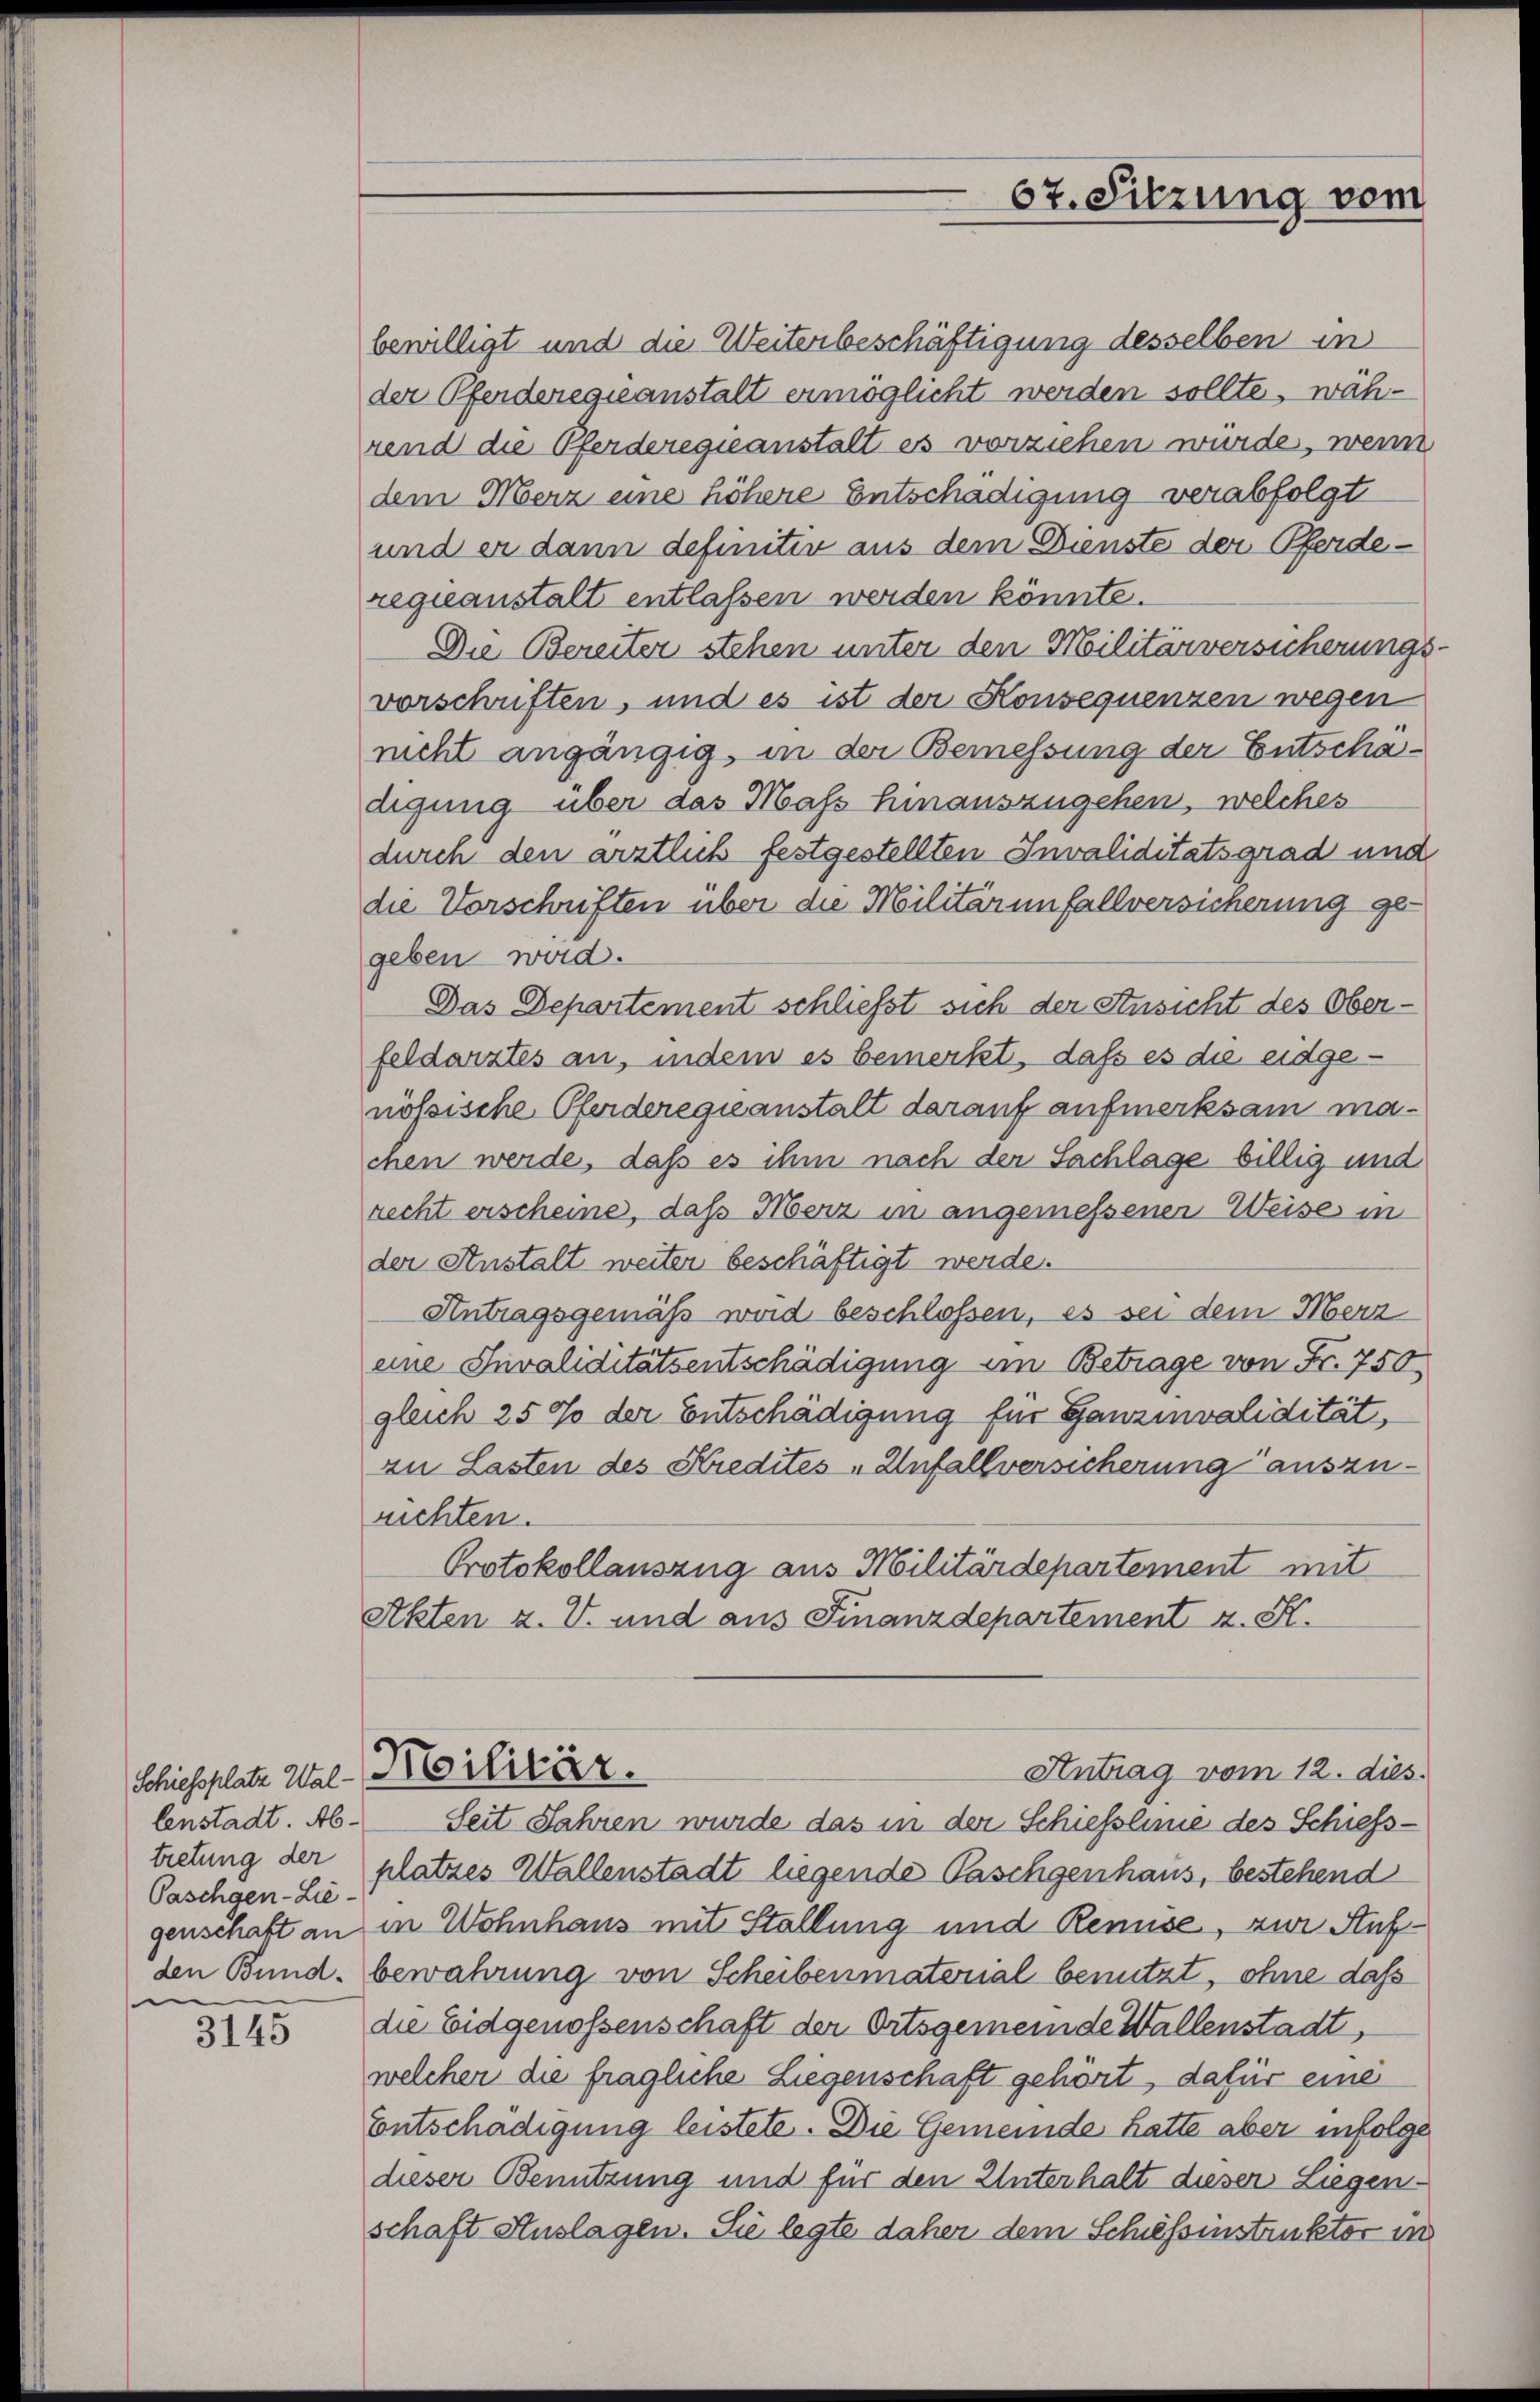
Schiessplatz Waltretung der
Paschgen-Lie-
genschaft an
den Bund.
e

3145

bewilligt und die Weiterbeschäftigung desselben in
der Pferderegieanstalt ermöglicht werden sollte, während die Pferderegieanstalt es vorziehen würde, wenn
dem Merz eine höhere Entschädigung verabfolgt
und er dann definitiv aus dem Dienste der Pferde-
regieanstalt entlassen werden könnte.
Die Bereiter stehen unter den Militärversicherungs-
vorschriften, und es ist der Konsequenzen wegen
nicht angängig, in der Bemessung der Entschadigung über das Mass hinauszugehen, welches
durch den ärztlich festgestellten Invaliditätsgrad und
die Vorschriften über die Militärinfallversicherung gegeben wird.
Das Departement schließt sich der Ansicht des Oberfeldarztes an, indem es bemerkt, daß es die eidgenössische Pferderegieanstalt darauf aufmerksam machen werde, daß es ihm nach der Sachlage billig und
recht erscheine, das Merz in angemessener Weise in
der Anstalt weiter beschäftigt werde.
Antragsgemäß wird beschlossen, es sei dem Merz
eine Invaliditätsentschädigung im Betrage von Fr. 750
gleich 25 % der Entschädigung für Ganzinvalidität,
zu Lasten des Kredites „Unfallversicherung auszunichten.
Protokollauszug aus Militärdepartement mit
Akten z. V. und aus Finanzdepartement z. B.
Militär.
Antrag vom 12. dies
lenstadt. Ab- Seit Jahren wurde das in der Schiesslinie des Schiess-
platzes Wallenstadt liegende Paschgenhaus, bestehend
in Wohnhaus mit Stallung und Remise, zur Aufbewahrung von Scheibenmaterial benutzt, ohne dass
die Eidgenossenschaft der Ortsgemeinde Wallenstadt,
welcher die fragliche Liegenschaft gehört, dafür eine
Entschädigung leistete. Die Gemeinde hatte aber infolge
dieser Benutzung und für den Unterhalt dieser Liegen-
schaft Auslagen. Sie legte daher dem Schifsinstruktor in

67. Sitzung vom